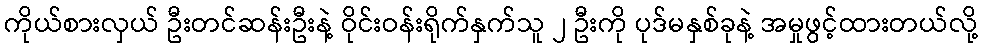
ကိုယ်စားလှယ် ဦးတင်ဆန်းဦးနဲ့ ဝိုင်းဝန်းရိုက်နှက်သူ ၂ ဦးကို ပုဒ်မနှစ်ခုနဲ့ အမှုဖွင့်ထားတယ်လို့